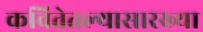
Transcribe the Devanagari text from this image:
कवितेतल्यासारख्या